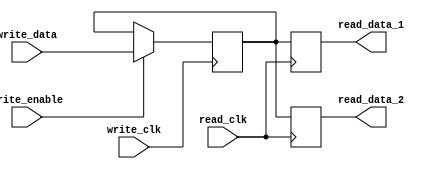
module dual_port_register (
    input wire write_clk,
    input wire read_clk,
    input wire [31:0] write_data,
    input wire write_enable,
    output reg [31:0] read_data_1,
    output reg [31:0] read_data_2
);

reg [31:0] storage_reg;

always @(posedge write_clk) begin
    if (write_enable) begin
        storage_reg <= write_data;
    end
end

always @(posedge read_clk) begin
    read_data_1 <= storage_reg;
    read_data_2 <= storage_reg;
end

endmodule